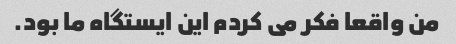
من واقعا فکر می کردم این ایستگاه ما بود.